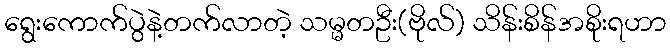
ရွေးကောက်ပွဲနဲ့တက်လာတဲ့ သမ္မတဦး(ဗိုလ်) သိန်းစိန်အစိုးရဟာ